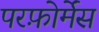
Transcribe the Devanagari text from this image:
परफ़ोर्मेंस